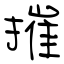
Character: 摧